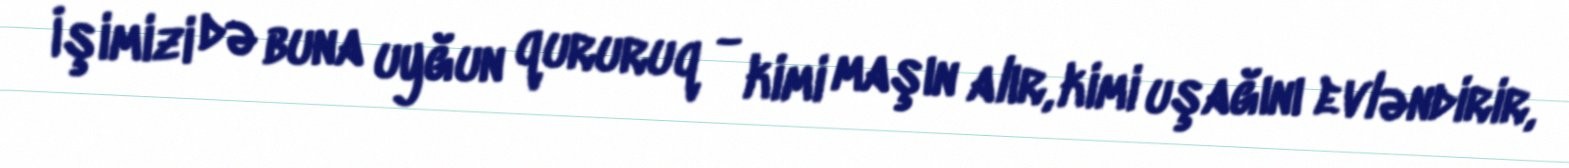
İşimizi də buna uyğun qururuq - kimi maşın alır, kimi uşağını evləndirir,